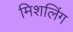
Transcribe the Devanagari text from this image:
मिशलिंग